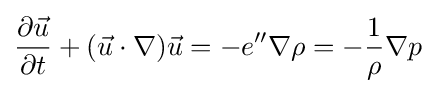
{\frac {\partial {\vec {u}}}{\partial t}}+({\vec {u}}\cdot \nabla ){\vec {u}}=-e''\nabla \rho =-{\frac {1}{\rho }}\nabla {p}